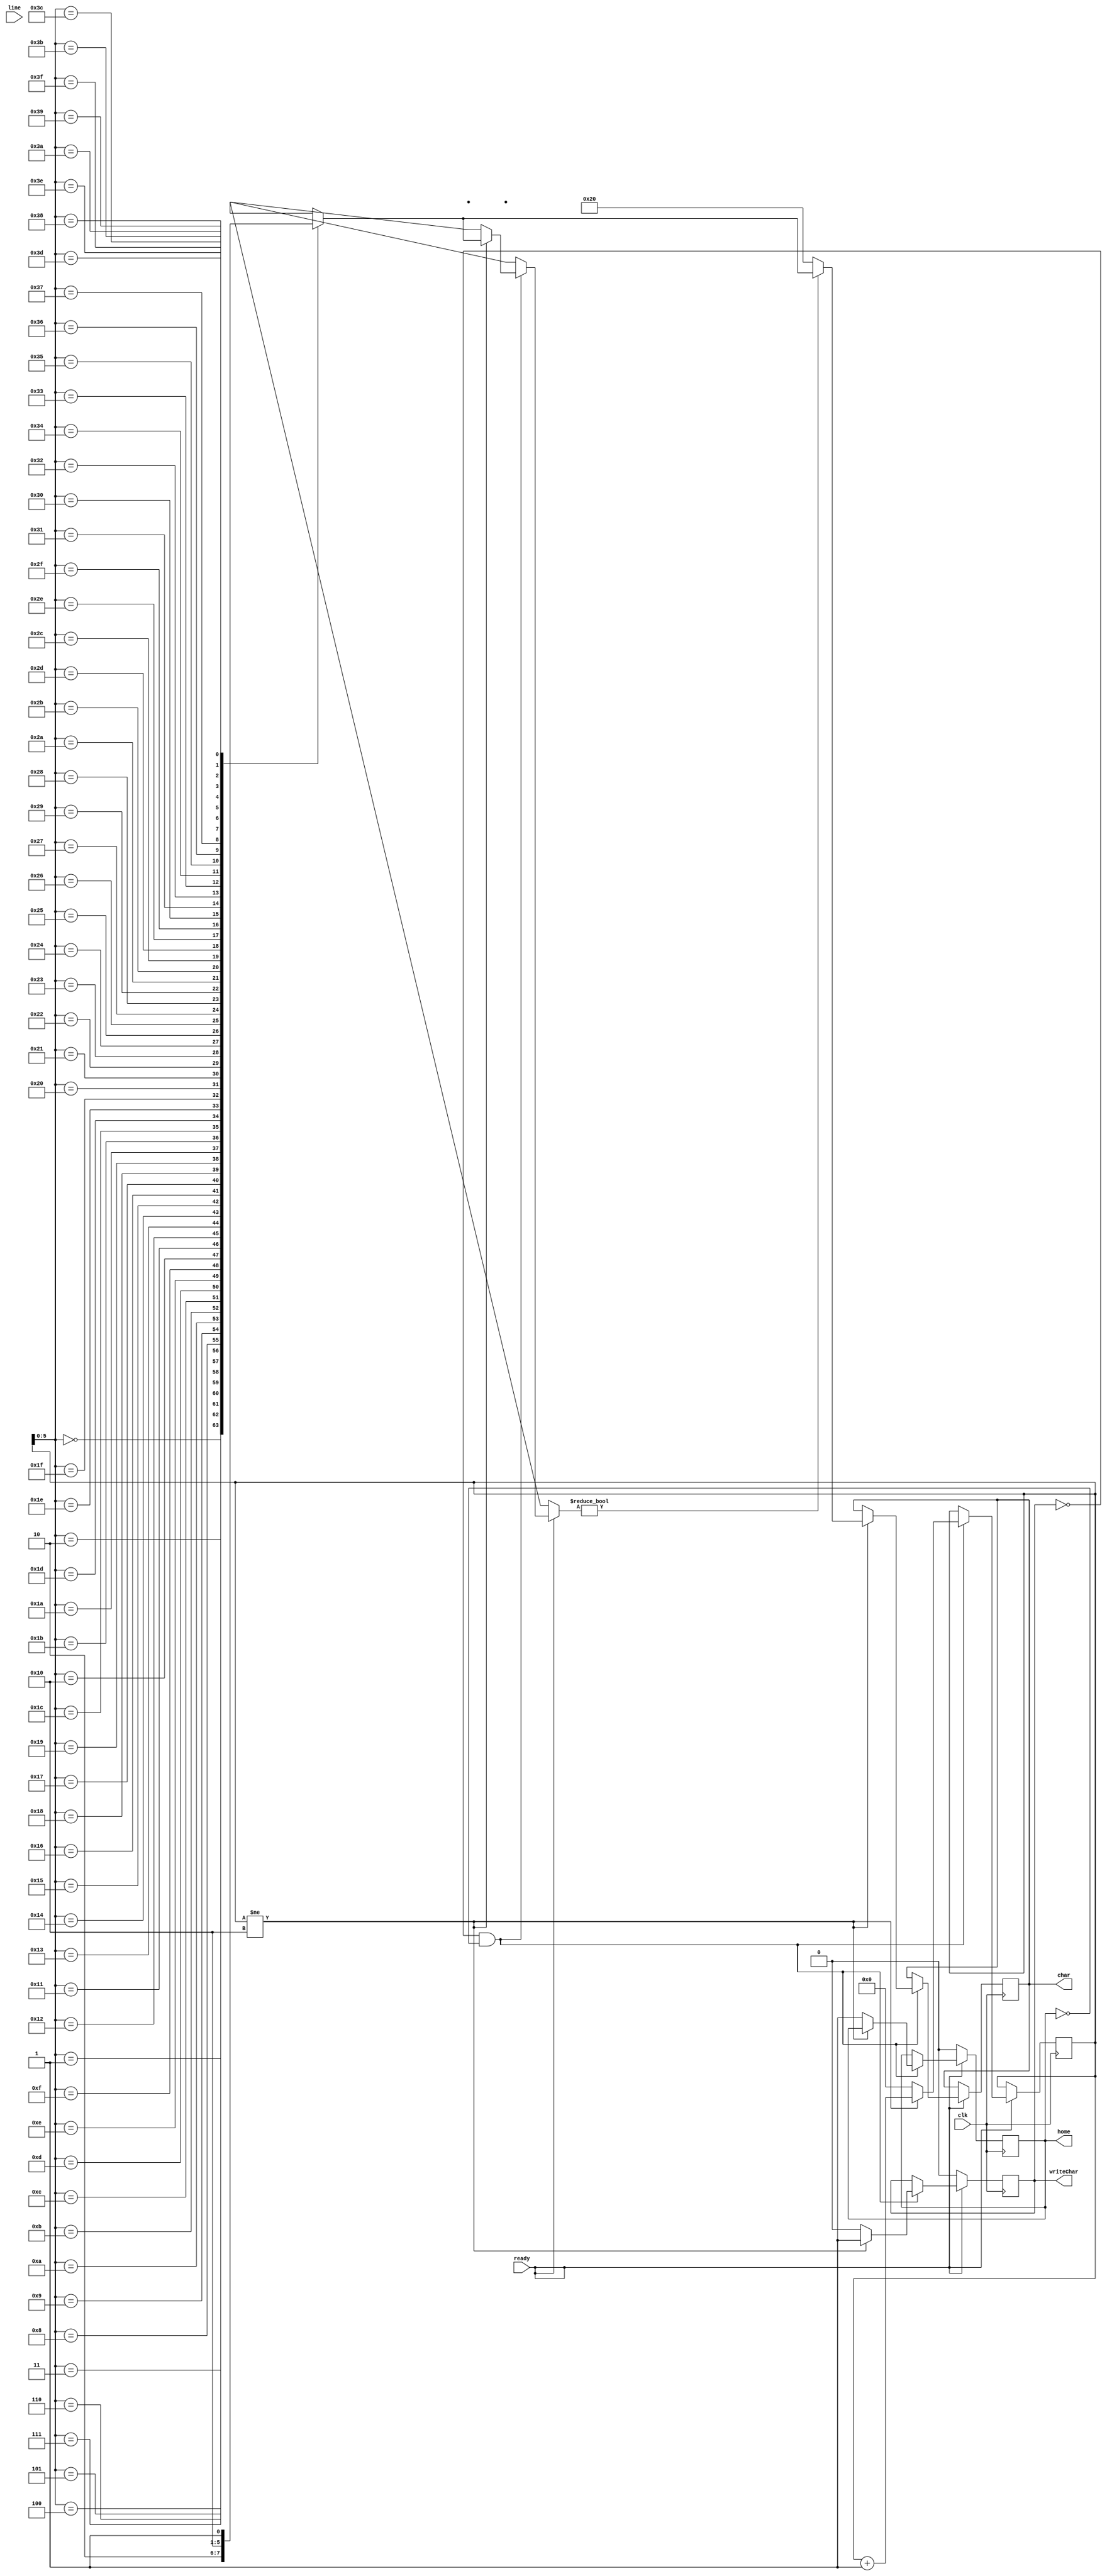
module lcd_line_writer(
	input wire clk,
	input wire ready,
	input wire [127:0] line,
	output reg [7:0] char = 0,
	output reg writeChar = 0,
	output reg home = 0
);

`define AssignChar(__ofs) assign charArray[__ofs] = line[__ofs * 8 + 7 : __ofs * 8];


wire [7:0] charArray[0:63];

//assign char0 = line[7:0];

`AssignChar(0)
`AssignChar(1)
`AssignChar(2)
`AssignChar(3)
`AssignChar(4)
`AssignChar(5)
`AssignChar(6)
`AssignChar(7)
`AssignChar(8)
`AssignChar(9)
`AssignChar(10)
`AssignChar(11)
`AssignChar(12)
`AssignChar(13)
`AssignChar(14)
`AssignChar(15)

reg [7:0] state = 0;

always @(posedge clk)
	if (ready)
		begin
			if (!writeChar && !home)
				begin
					if (state != 16)
						begin
							char <= charArray[state] != 'h00 ? charArray[state] : 'h20;
							writeChar <= 1;
							state <= state + 1;
						end
					else
						begin
							state <= 0;
							writeChar <= 0;
							home <= 1;
						end
				end
		end
	else
		begin
			writeChar <= 0;
			home <= 0;
		end

endmodule


module LcdLineWriterTester(
	output wire [127:0] line
);

`define AssignLine(__ofs, __value) assign line[__ofs * 8 + 7 : __ofs * 8] = __value;

`AssignLine(0, 'h41)
`AssignLine(1, 'h41)
`AssignLine(2, 'h41)
`AssignLine(3, 'h41)

`AssignLine(4, 'h42)
`AssignLine(5, 'h42)
`AssignLine(6, 'h42)
`AssignLine(7, 'h42)

`AssignLine(8, 'h43)
`AssignLine(9, 'h43)
`AssignLine(10, 'h43)
`AssignLine(11, 'h43)

`AssignLine(12, 'h41)
`AssignLine(13, 'h42)
`AssignLine(14, 'h43)
`AssignLine(15, 'h44)

//assign line = 'h41414141424242424343434344444444;



endmodule